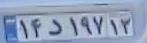
۱۴د۱۹۷۱۳